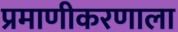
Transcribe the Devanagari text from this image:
प्रमाणीकरणाला